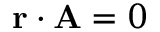
\mathbf { r } \cdot \mathbf { A } = 0